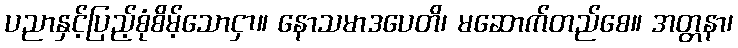
ပညာနှင့်ပြည့်စုံစိမ့်သောငှာ။ နောသမာဒပေတိ၊ မဆောက်တည်စေ။ အတ္တနာ၊